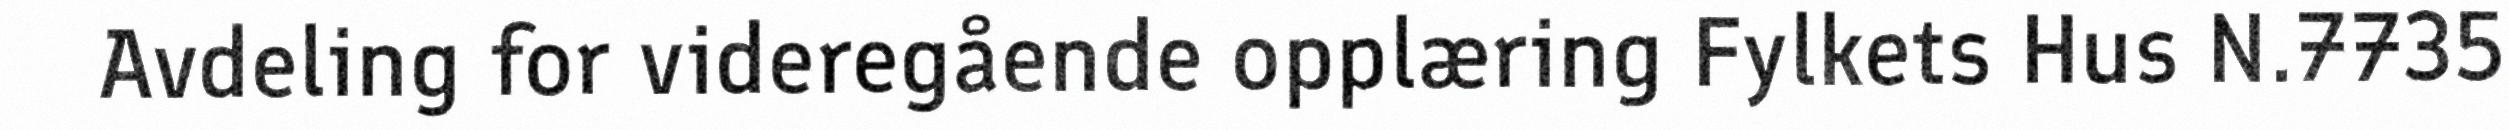
Avdeling for videregående opplæring Fylkets Hus N.7735